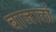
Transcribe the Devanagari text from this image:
बाजार्ला